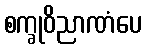
စက္ခုဝိညာဏံပေ